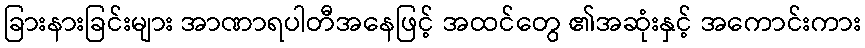
ခြားနားခြင်းများ အာဏာရပါတီအနေဖြင့် အထင်တွေ ၏အဆုံးနှင့် အကောင်းကား